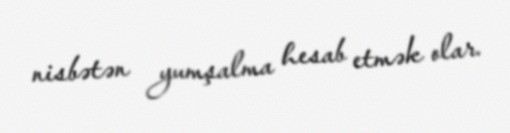
nisbətən yumşalma hesab etmək olar.